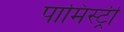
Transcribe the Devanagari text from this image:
पामिस्ट्री